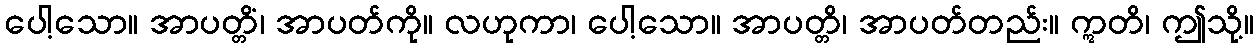
ပေါ့သော။ အာပတ္တိံ၊ အာပတ်ကို။ လဟုကာ၊ ပေါ့သော။ အာပတ္တိ၊ အာပတ်တည်း။ ဣတိ၊ ဤသို့။